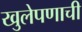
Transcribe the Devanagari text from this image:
खुलेपणाची